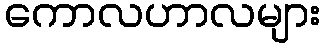
ကောလဟာလများ